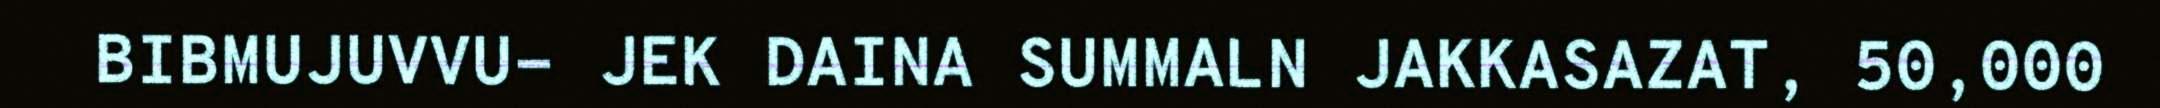
BIBMUJUVVU- JEK DAINA SUMMALN JAKKASAZAT, 50,000